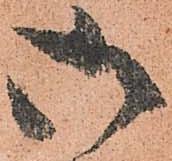
御